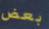
بعض